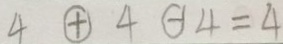
4 \textcircled { + } 4 H 4 = 4